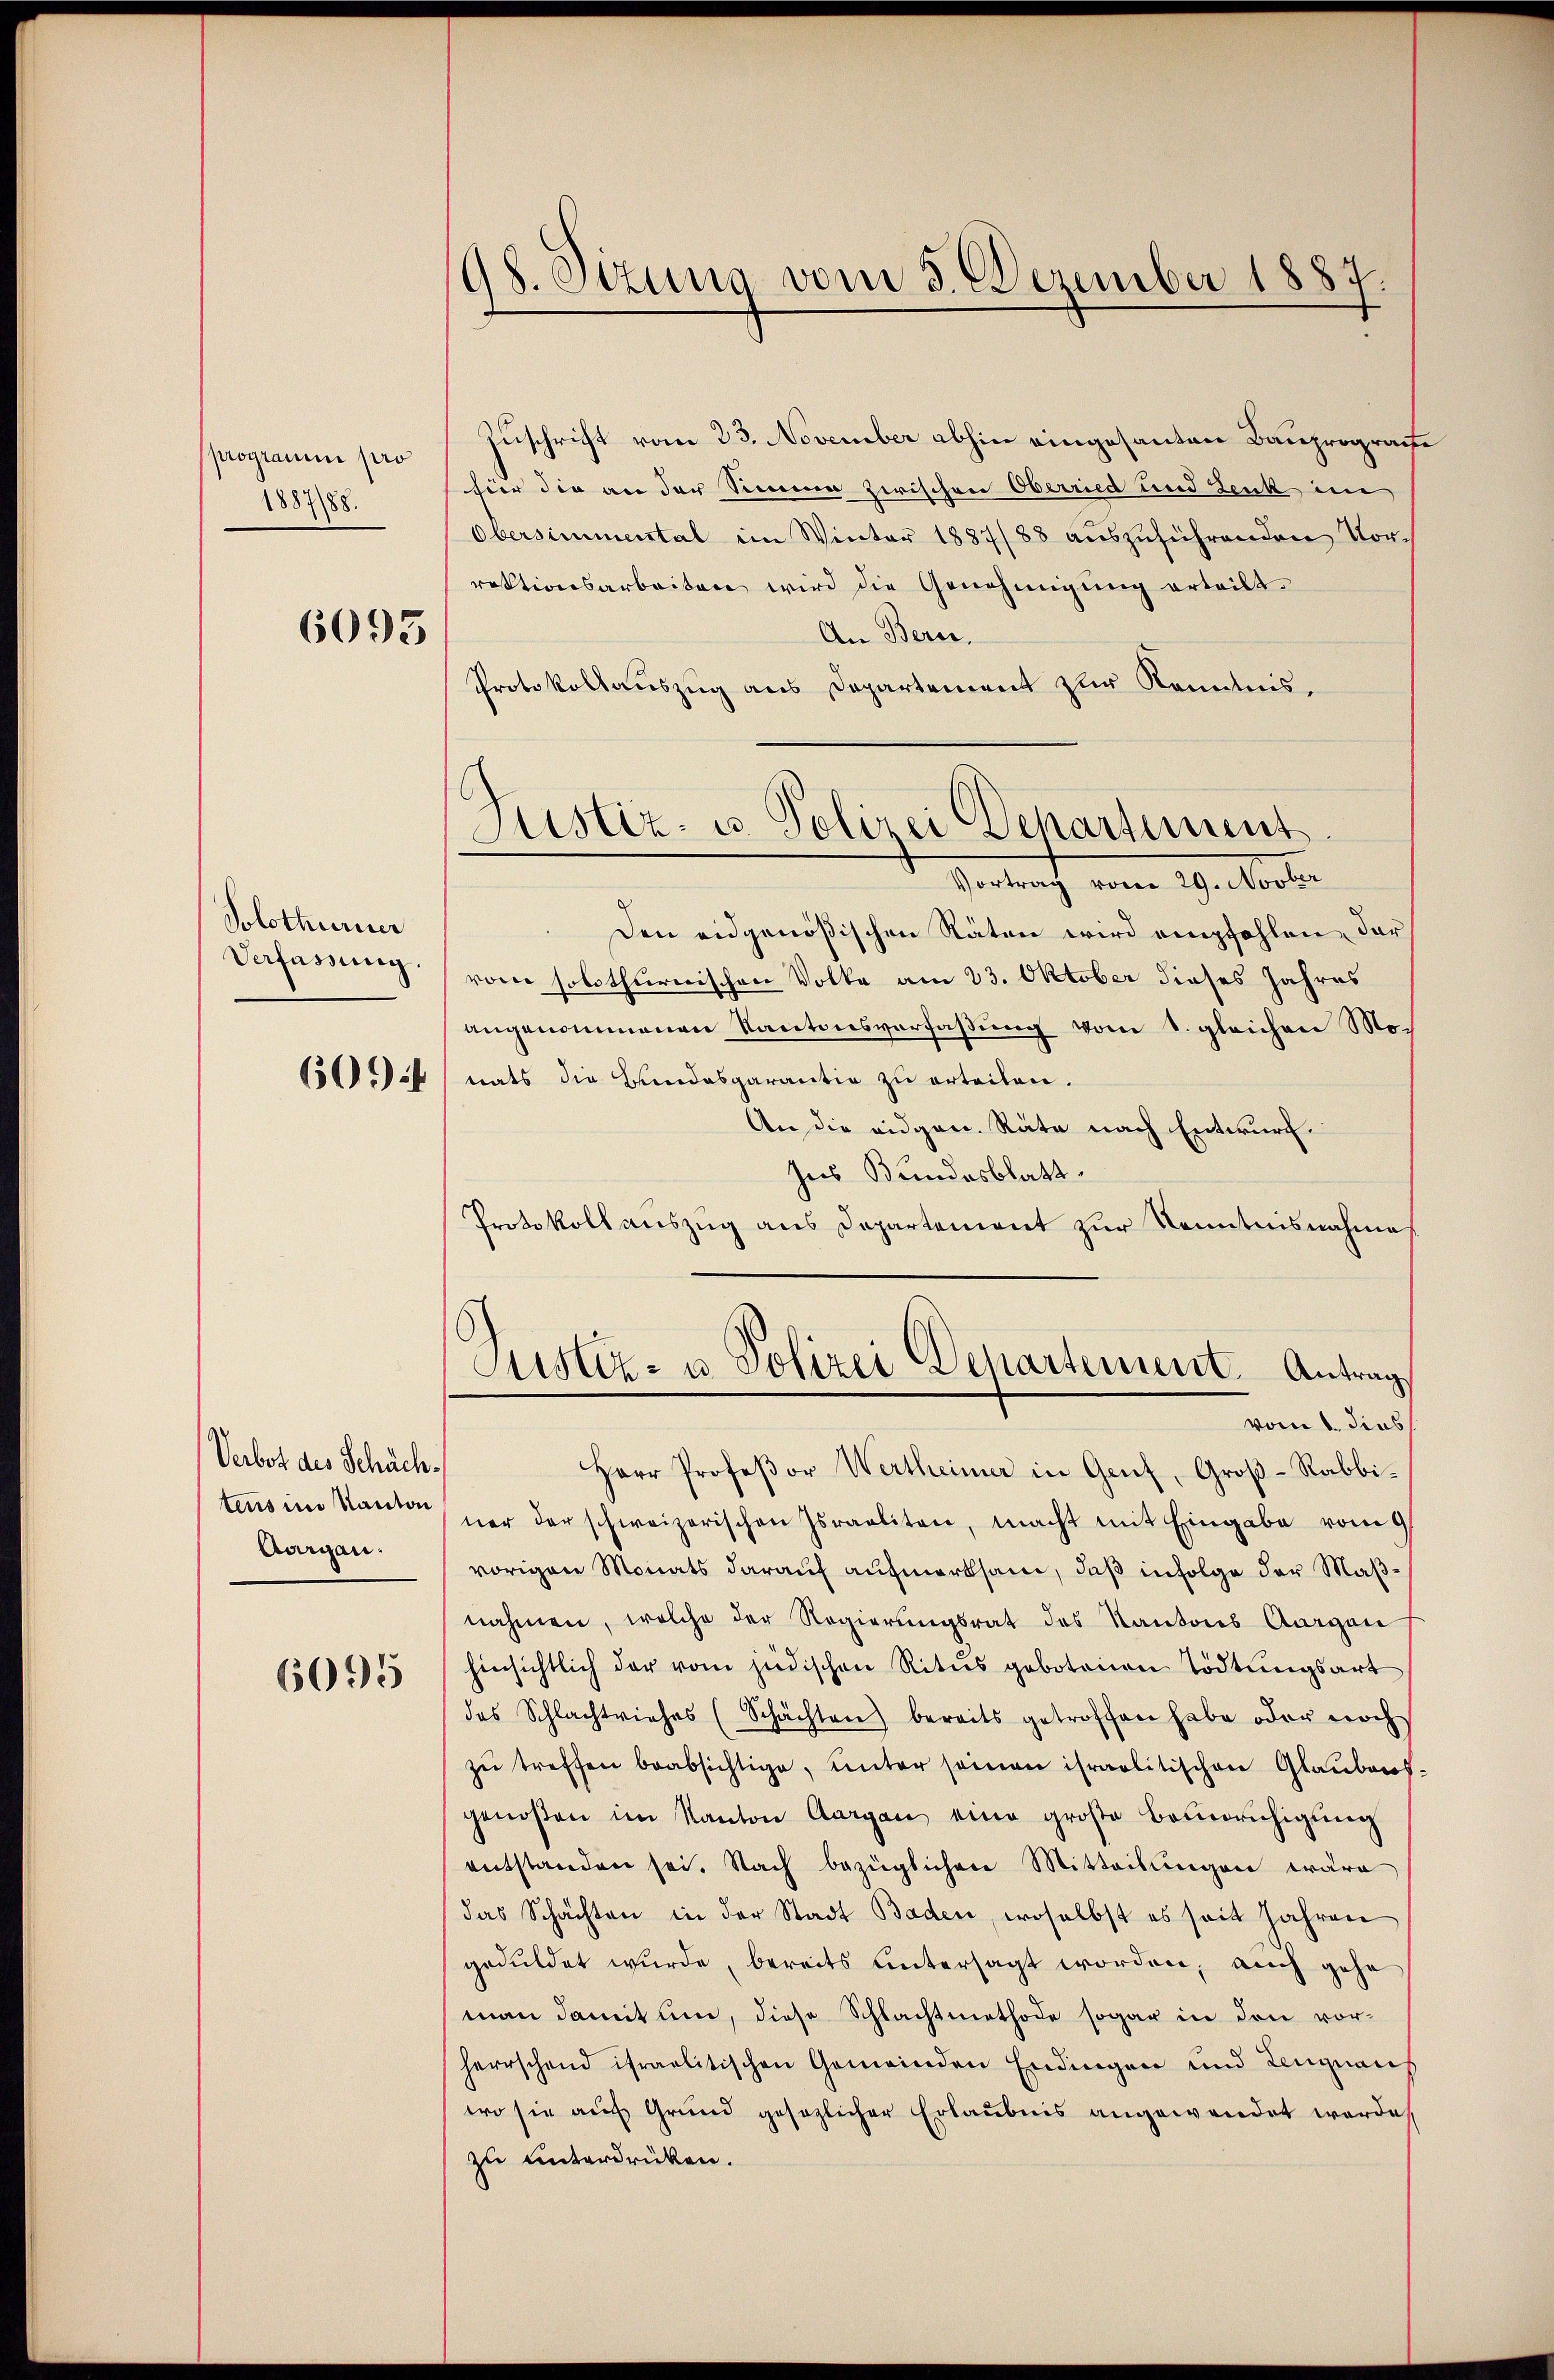
programin pro
188788.

6095

Solothurner
Verfassung.
6094

Verbot des Schäch¬
Aargau.

6095

98. Sizung vom 3. Dezember 1887.

Zuschrift vom 23. November abhin eingesanten Bauprographe
für die an der Sinnen zwischen Oberried und Zenk im
Obersimmental im Winter 1887/88 aŭszŭführenden Vor-
rektionsarbeiten wird die Genehmigung erteilt.
An Bern.
Protokollauszug aus Departement zur Kenntnis¬
Den eidgenößischen Räten wird empfohlen, der
von solothurnischen Volke am 23. Oktober dieses Jahres
angenommenen Kantonsverfaßung vom 8. gleichen Mo-
nats die Hundesgarantia zu erteilen.
An die eidgen. Räte nach Entwurf.
Ins Bundesblatt.
Protokoll auszug aus Departement zur Kenntnisnahme
Justiz- u. Polizei Departement. Antrag
vom 1. dies
Herr Profeßor Wertheimer in Genf, Groβ-Rabbi-
tens im Kanton wer der schweizerischen Israeliten, macht mit Eingabe vom 9t
vorigen Monats darauf aufmerksam, daß infolge der Maßnahmen, welche der Regierungsrat des Kantons Aargau
hinsichtlich der vom jüdischen Ritus gebotenen Tödtungsart
des Schlachtviehes (Schächten bereits getroffen habe oder noch
zŭ treffen beabsichtige, unter seinen ihraolitischen Glaubens-
genoßen im Kanton Aargau eine groβe Beunruhigung
entstanden sei. Nach bezüglichen Mitteilŭngen wäre
das Schachten in der Stadt Baden, woselbst es seit Jahren
geduldet wurde, bereits untersagt worden, auch gehe
man damit um, diese Schlachtmethode sogar in den vorherrschend israelitischen Gemeinden Endingen und Lengnaus
wo sie auf Grund gesezlicher Erlaubnis angewendet werde,
zu unterdrüken.

Justiz- u. Polizei Departement
Vertrauch vom 19. Martier